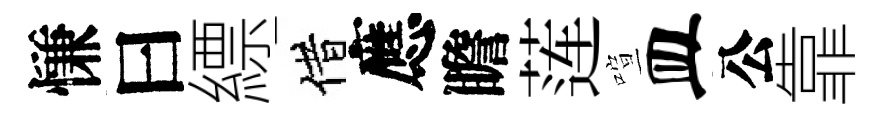
慊曰縹借應瞻莲喧皿公靠